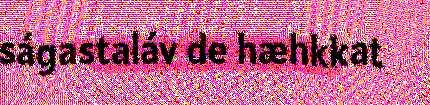
ságastaláv de hæhkkat